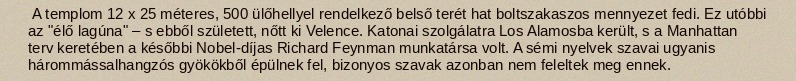
A templom 12 x 25 méteres, 500 ülőhellyel rendelkező belső terét hat boltszakaszos mennyezet fedi. Ez utóbbi az "élő lagúna" – s ebből született, nőtt ki Velence. Katonai szolgálatra Los Alamosba került, s a Manhattan terv keretében a későbbi Nobel-díjas Richard Feynman munkatársa volt. A sémi nyelvek szavai ugyanis hárommássalhangzós gyökökből épülnek fel, bizonyos szavak azonban nem feleltek meg ennek.